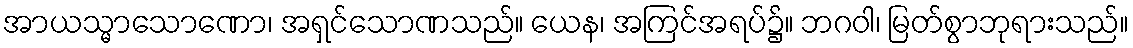
အာယသ္မာသောဏော၊ အရှင်သောဏသည်။ ယေန၊ အကြင်အရပ်၌။ ဘဂဝါ၊ မြတ်စွာဘုရားသည်။